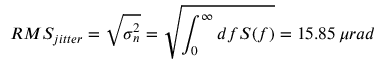
R M S _ { j i t t e r } = \sqrt { \sigma _ { n } ^ { 2 } } = \sqrt { \int _ { 0 } ^ { \infty } d f S ( f ) } = 1 5 . 8 5 \, \mu r a d